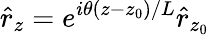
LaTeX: \hat{r}_{z}=e^{i\theta(z-z_{0})/L}\hat{r}_{z_{0}}